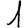
Digit: 1